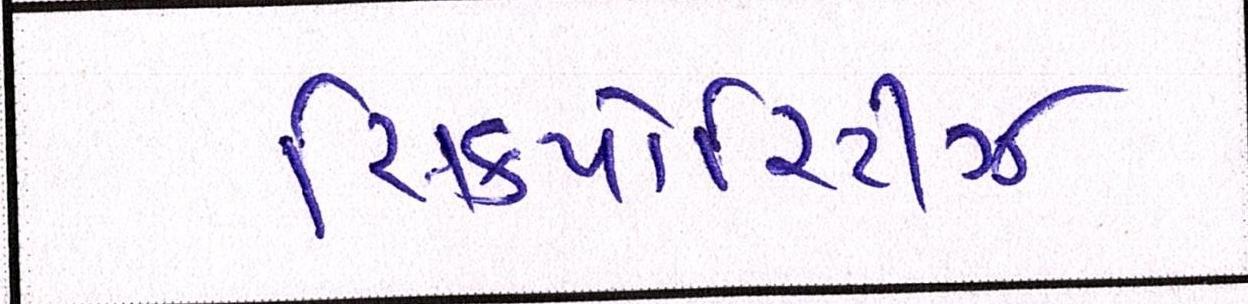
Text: સિક્યોરિટીઝ